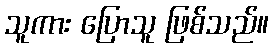
သူကား ပြောသူ ဖြစ်သည်။